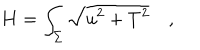
{ \bf H } = \int _ { \Sigma } \sqrt { u ^ { 2 } + T ^ { 2 } } \quad ,